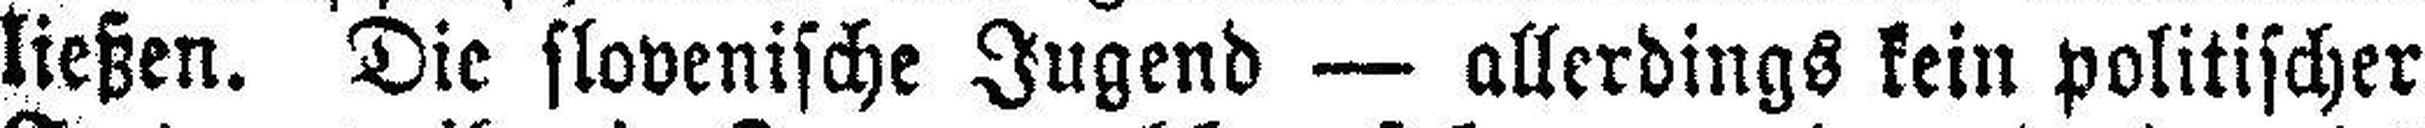
ließen. Die slovenische Jugend — allerdings kein politischer